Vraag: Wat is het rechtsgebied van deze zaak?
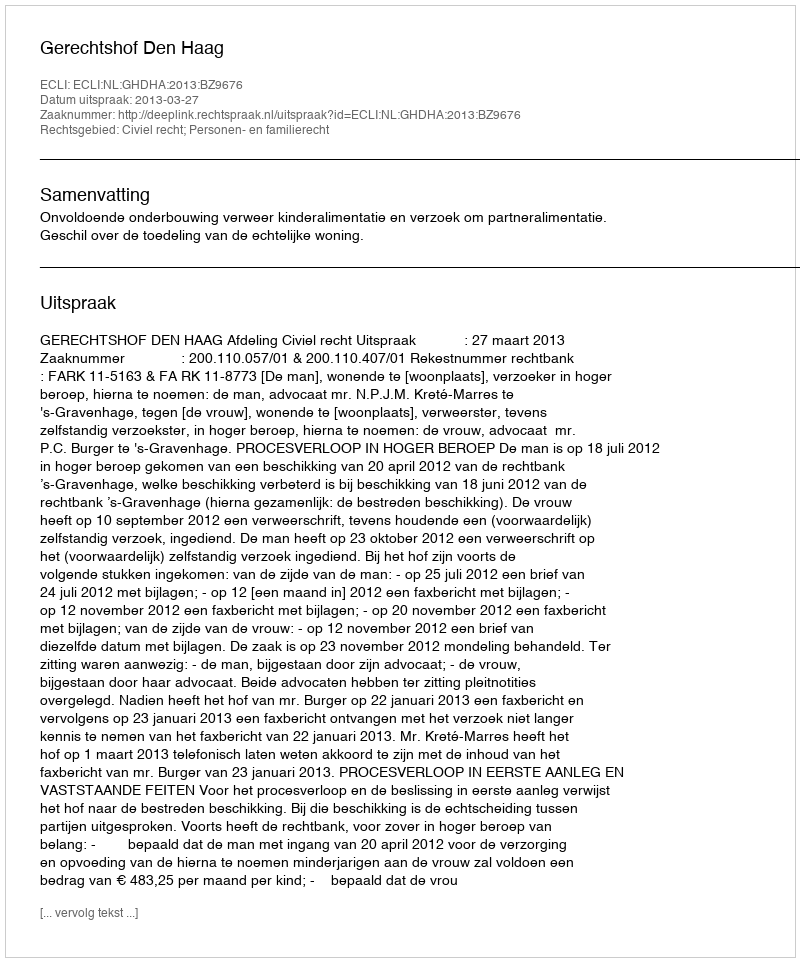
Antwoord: Civiel recht; Personen- en familierecht